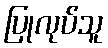
ပြုလုပ်သူ